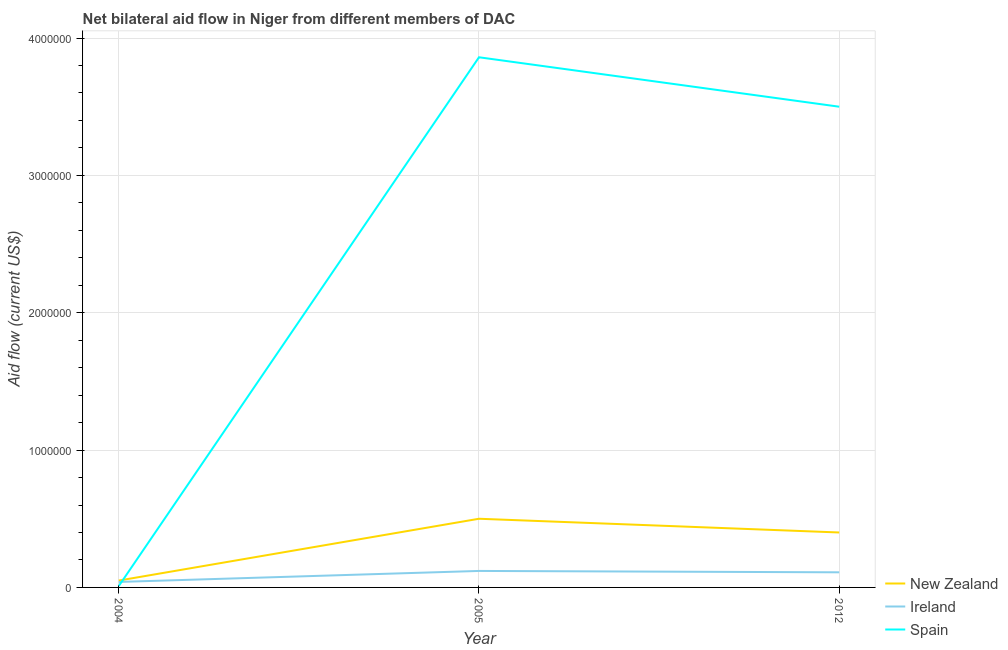
| Year | New Zealand | Ireland | Spain |
 | --- | --- | --- | --- |
 | 2004 | 5e+04 | 4e+04 | 1e+04 |
 | 2005 | 5e+05 | 1.2e+05 | 3.86e+06 |
 | 2012 | 4e+05 | 1.1e+05 | 3.5e+06 |